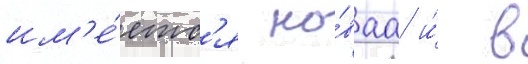
им'е́етс'я но́ваа и́ в